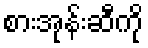
စားအုန်းဆီကို